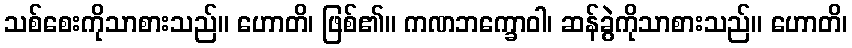
သစ်စေးကိုသာစားသည်။ ဟောတိ၊ ဖြစ်၏။ ကဏဘက္ခောဝါ၊ ဆန်ခွဲကိုသာစားသည်။ ဟောတိ၊